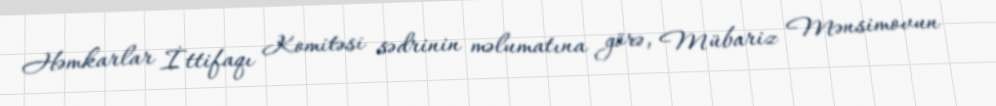
Həmkarlar İttifaqı Komitəsi sədrinin məlumatına görə, Mübariz Mənsimovun